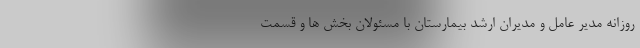
روزانه مدير عامل و مديران ارشد بيمارستان با مسئولان بخش ها و قسمت